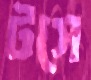
টসে